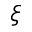
\xi